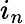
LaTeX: i_{n}